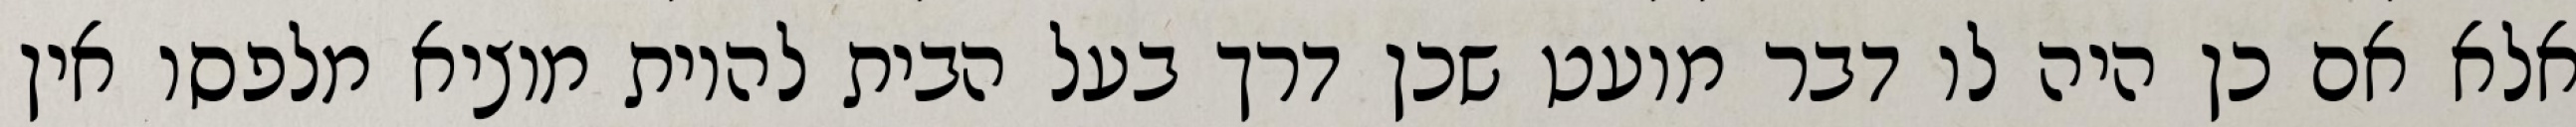
אלא אם כן היה לו דבר מועט שכן דרך בעל הבית להיות מוציא מלפסו אין